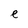
Character: e